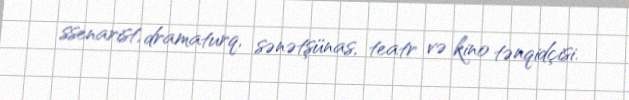
ssenarist, dramaturq, sənətşünas, teatr və kino tənqidçisi.